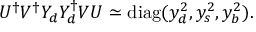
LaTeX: U ^ { \dagger } V ^ { \dagger } Y _ { d } Y _ { d } ^ { \dagger } V U \simeq \mathrm { d i a g } ( y _ { d } ^ { 2 } , y _ { s } ^ { 2 } , y _ { b } ^ { 2 } ) .